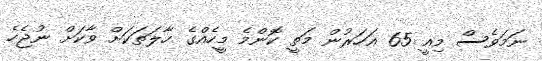
ނަމަވެސް މިއީ 65 އަހަރުން މަތީ ކޮންމެ މީހެއްގެ ހާލަތަކަށް ވާކަށް ނުޖެހެ